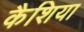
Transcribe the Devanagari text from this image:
कैशिया